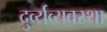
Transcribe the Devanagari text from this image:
दुर्व्यव्यवस्था